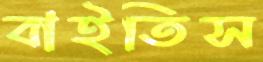
বাইতিস